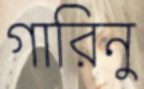
গারিনু